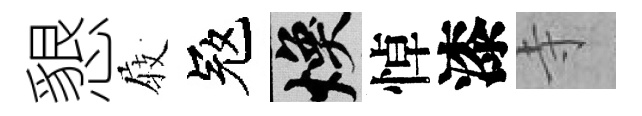
懇𡲆冦焕悼漆寺